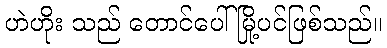
ဟဲဟိုး သည် တောင်ပေါ်မြို့ပင်ဖြစ်သည်။